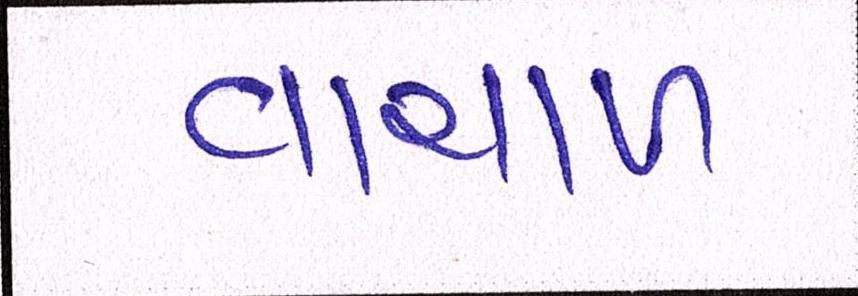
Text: વાચાળ